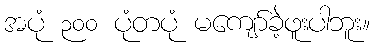
အပုံ ၃၀၀ ပုံတပုံ မကျော်ခဲ့ဖူးပါဘူး။